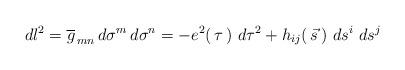
LaTeX: \begin{align*}dl^2= \overline g_{\, mn} \, d\sigma^m\, d\sigma^n= -e^2(\, \tau\, )\,\, d\tau^2 +h_{ij}(\, \vec s\, )\, \, ds^i\, \, ds^j\end{align*}